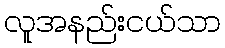
လူအနည်းငယ်သာ